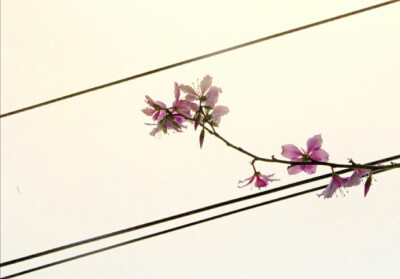
人似秋鸿来有信，事如春梦了无痕。